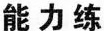
能力练